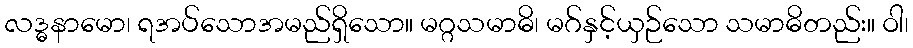
လဒ္ဓနာမော၊ ရအပ်သောအမည်ရှိသော။ မဂ္ဂသမာဓိ၊ မဂ်နှင့်ယှဉ်သော သမာဓိတည်း။ ဝါ၊